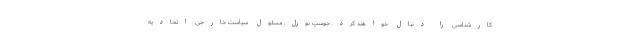
کارشناسی را دنبال خواهند کرد. جوسپ بورل، مسئول سیاست خارجی اتحادیه